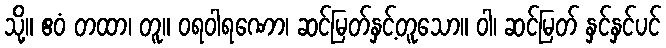
သို့။ ဧဝံ တထာ၊ တူ။ ဝရဝါရဏော၊ ဆင်မြတ်နှင့်တူသော။ ဝါ၊ ဆင်မြတ် နှင်နှင်ပင်